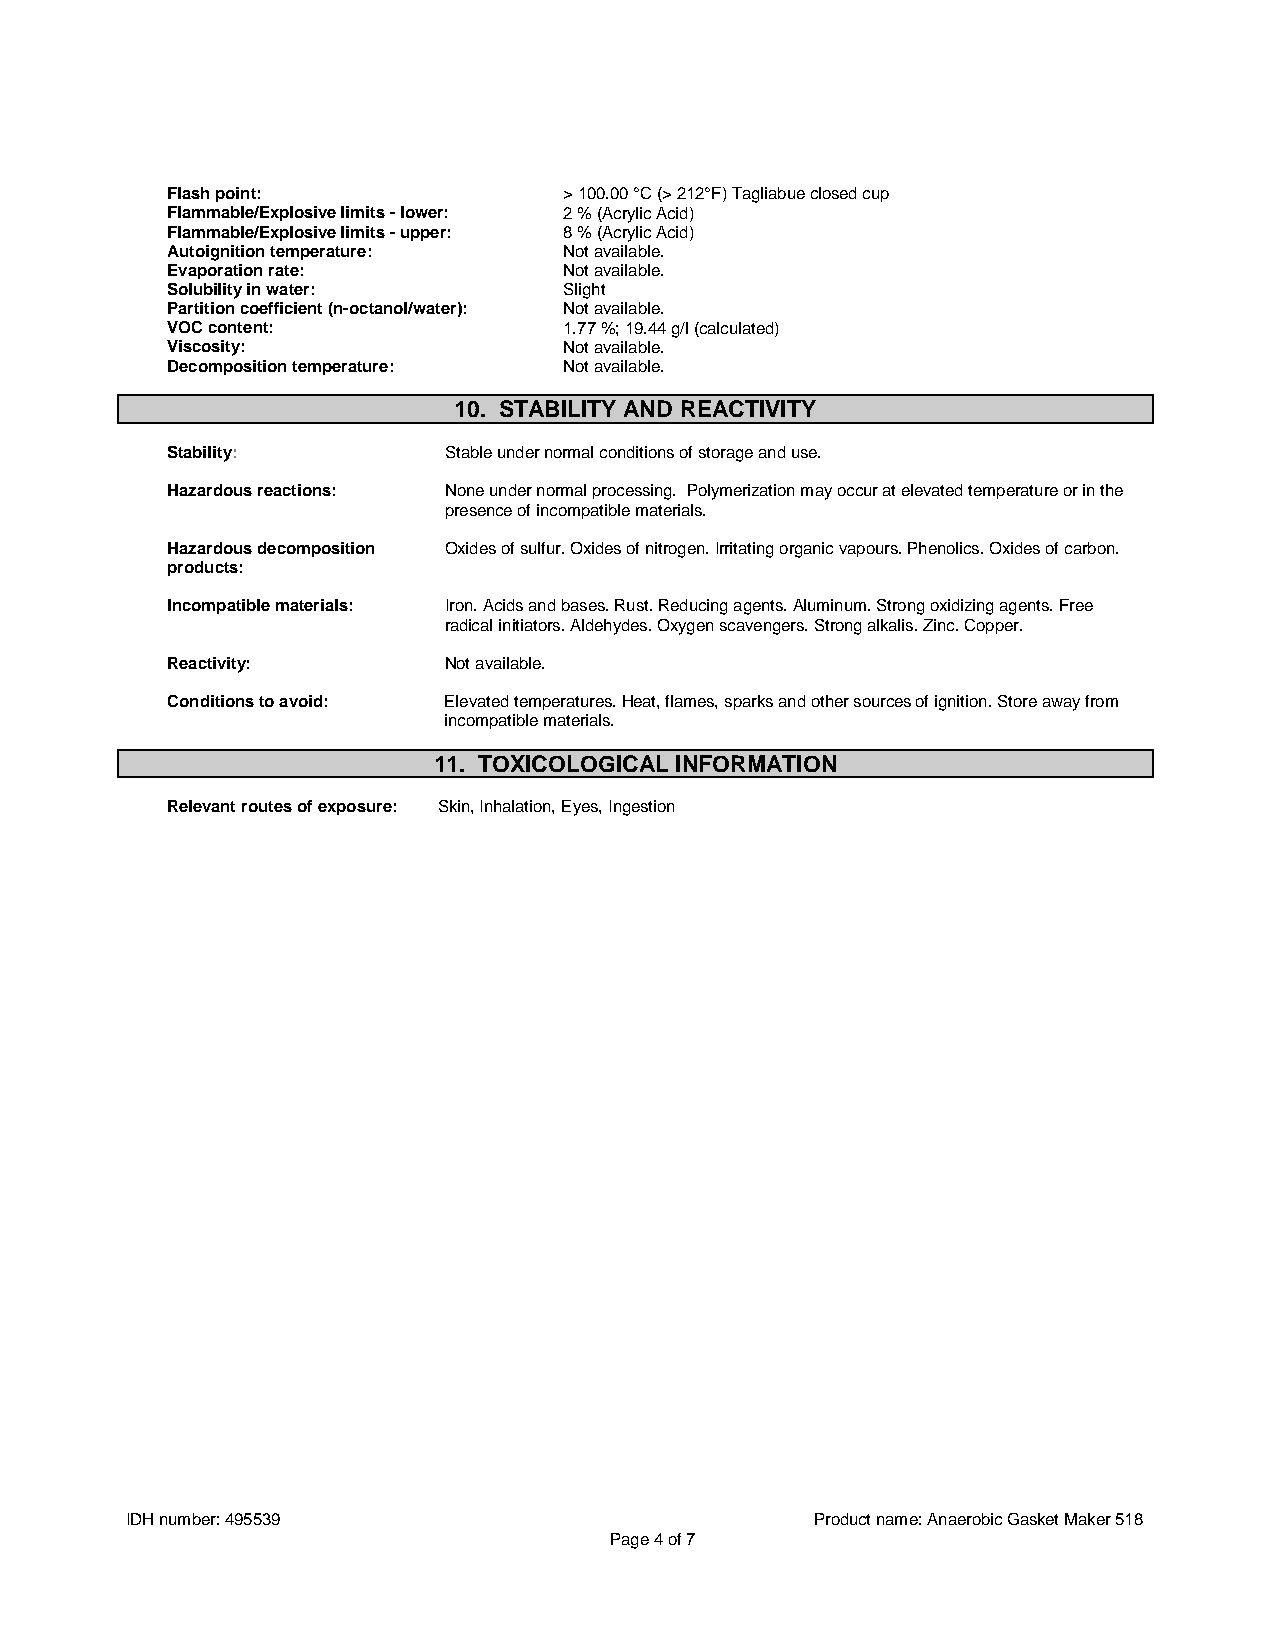
Flash point:              > 100.00 °C (> 212°F) Tagliabue closed cup
 Flammable/Explosive limits - lower: 2 % (Acrylic Acid)
 Flammable/Explosive limits - upper: 8 % (Acrylic Acid)
 Autoignition temperature: Not available.
 Evaporation rate:         Not available.
 Solubility in water:      Slight
 Partition coefficient (n-octanol/water): Not available.
 VOC content:              1.77 %; 19.44 g/l (calculated)
 Viscosity:                Not available.
 Decomposition temperature: Not available.
 10. STABILITY AND REACTIVITY
 Stability:        Stable under normal conditions of storage and use.
 Hazardous reactions: None under normal processing. Polymerization may occur at elevated temperature or in the
 presence of incompatible materials.
 Hazardous decomposition Oxides of sulfur. Oxides of nitrogen. Irritating organic vapours. Phenolics. Oxides of carbon.
 products:
 Incompatible materials: Iron. Acids and bases. Rust. Reducing agents. Aluminum. Strong oxidizing agents. Free
 radical initiators. Aldehydes. Oxygen scavengers. Strong alkalis. Zinc. Copper.
 Reactivity:       Not available.
 Conditions to avoid: Elevated temperatures. Heat, flames, sparks and other sources of ignition. Store away from
 incompatible materials.
 11. TOXICOLOGICAL INFORMATION
 Relevant routes of exposure: Skin, Inhalation, Eyes, Ingestion
 IDH number: 495539                            Product name: Anaerobic Gasket Maker 518
 Page 4 of 7